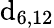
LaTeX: \mathrm{d}_{6,12}